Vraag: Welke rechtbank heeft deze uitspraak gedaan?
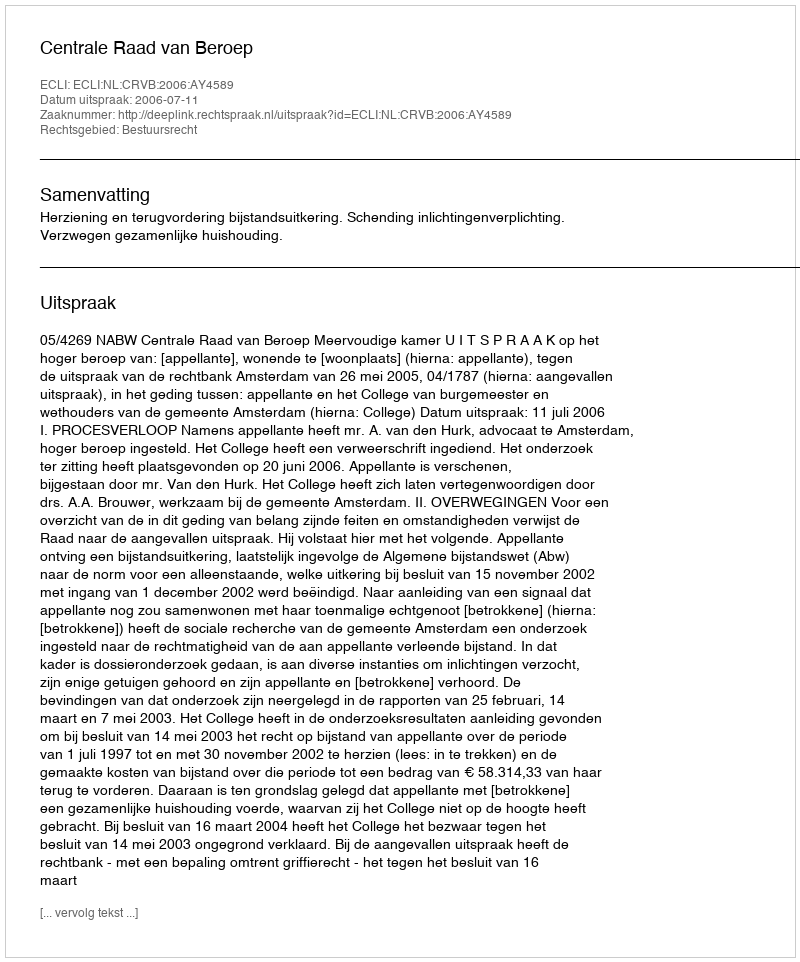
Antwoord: Centrale Raad van Beroep